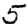
Digit: 5